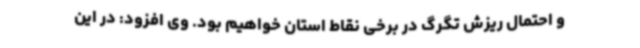
و احتمال ریزش تگرگ در برخی نقاط استان خواهیم بود. وی افزود: در این